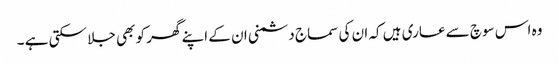
وہ اس سوچ سے عاری ہیں کہ ان کی سماج دشمنی ان کے اپنے گھر کو بھی جلا سکتی ہے ۔